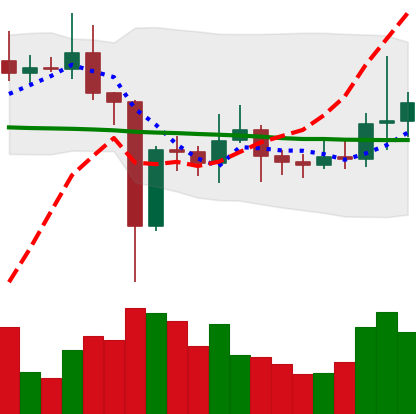
Ticker: EOS-USD
Chart end date: 2021-01-05
Forward return: 6.539%
Label: up_5_7